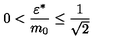
0 < \frac { \varepsilon ^ { \ast } } { m _ { 0 } } \le \frac { 1 } { \sqrt { 2 } }